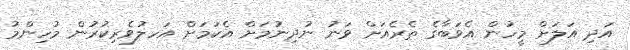
އަދި އަލަށް މީހުން އެވަބާގެ ތެރެއަށް ވަނު ނުދިނުމަށް އެކަމަށް އަހލުވެރިކުރުން މުހިންމު